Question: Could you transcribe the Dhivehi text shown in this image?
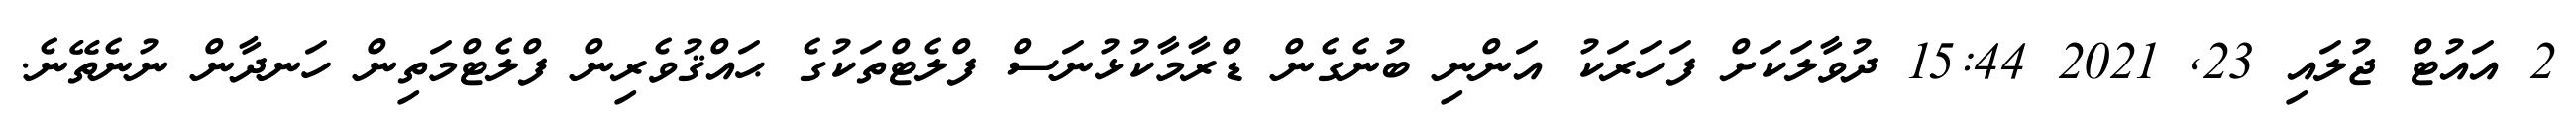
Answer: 2 އައުޓް ޖުލައި 23, 2021 15:44 ދުވާލަކަށް ފަހަރަކު އަންނި ބުނެގެން ޑްރާމާކުޅުނަސް ފްލެޓްތަކުގެ ޙައްޤުވެރިން ފްލެޓްމަތިން ހަނދާން ނުނެތޭނެ.